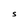
Character: S